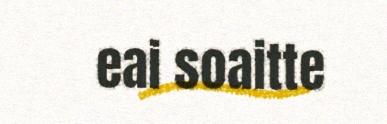
eai soaitte